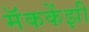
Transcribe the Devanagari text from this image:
मॅककेंझी